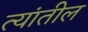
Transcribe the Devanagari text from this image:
त्‍यांतील